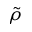
\tilde { \rho }